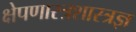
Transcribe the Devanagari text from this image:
क्षेपणास्त्रशास्त्रज्ञ